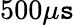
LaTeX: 500\mu\mathtt{s}